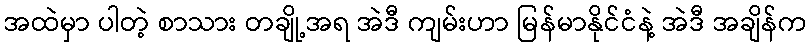
အထဲမှာ ပါတဲ့ စာသား တချို့အရ အဲဒီ ကျမ်းဟာ မြန်မာနိုင်ငံနဲ့ အဲဒီ အချိန်က